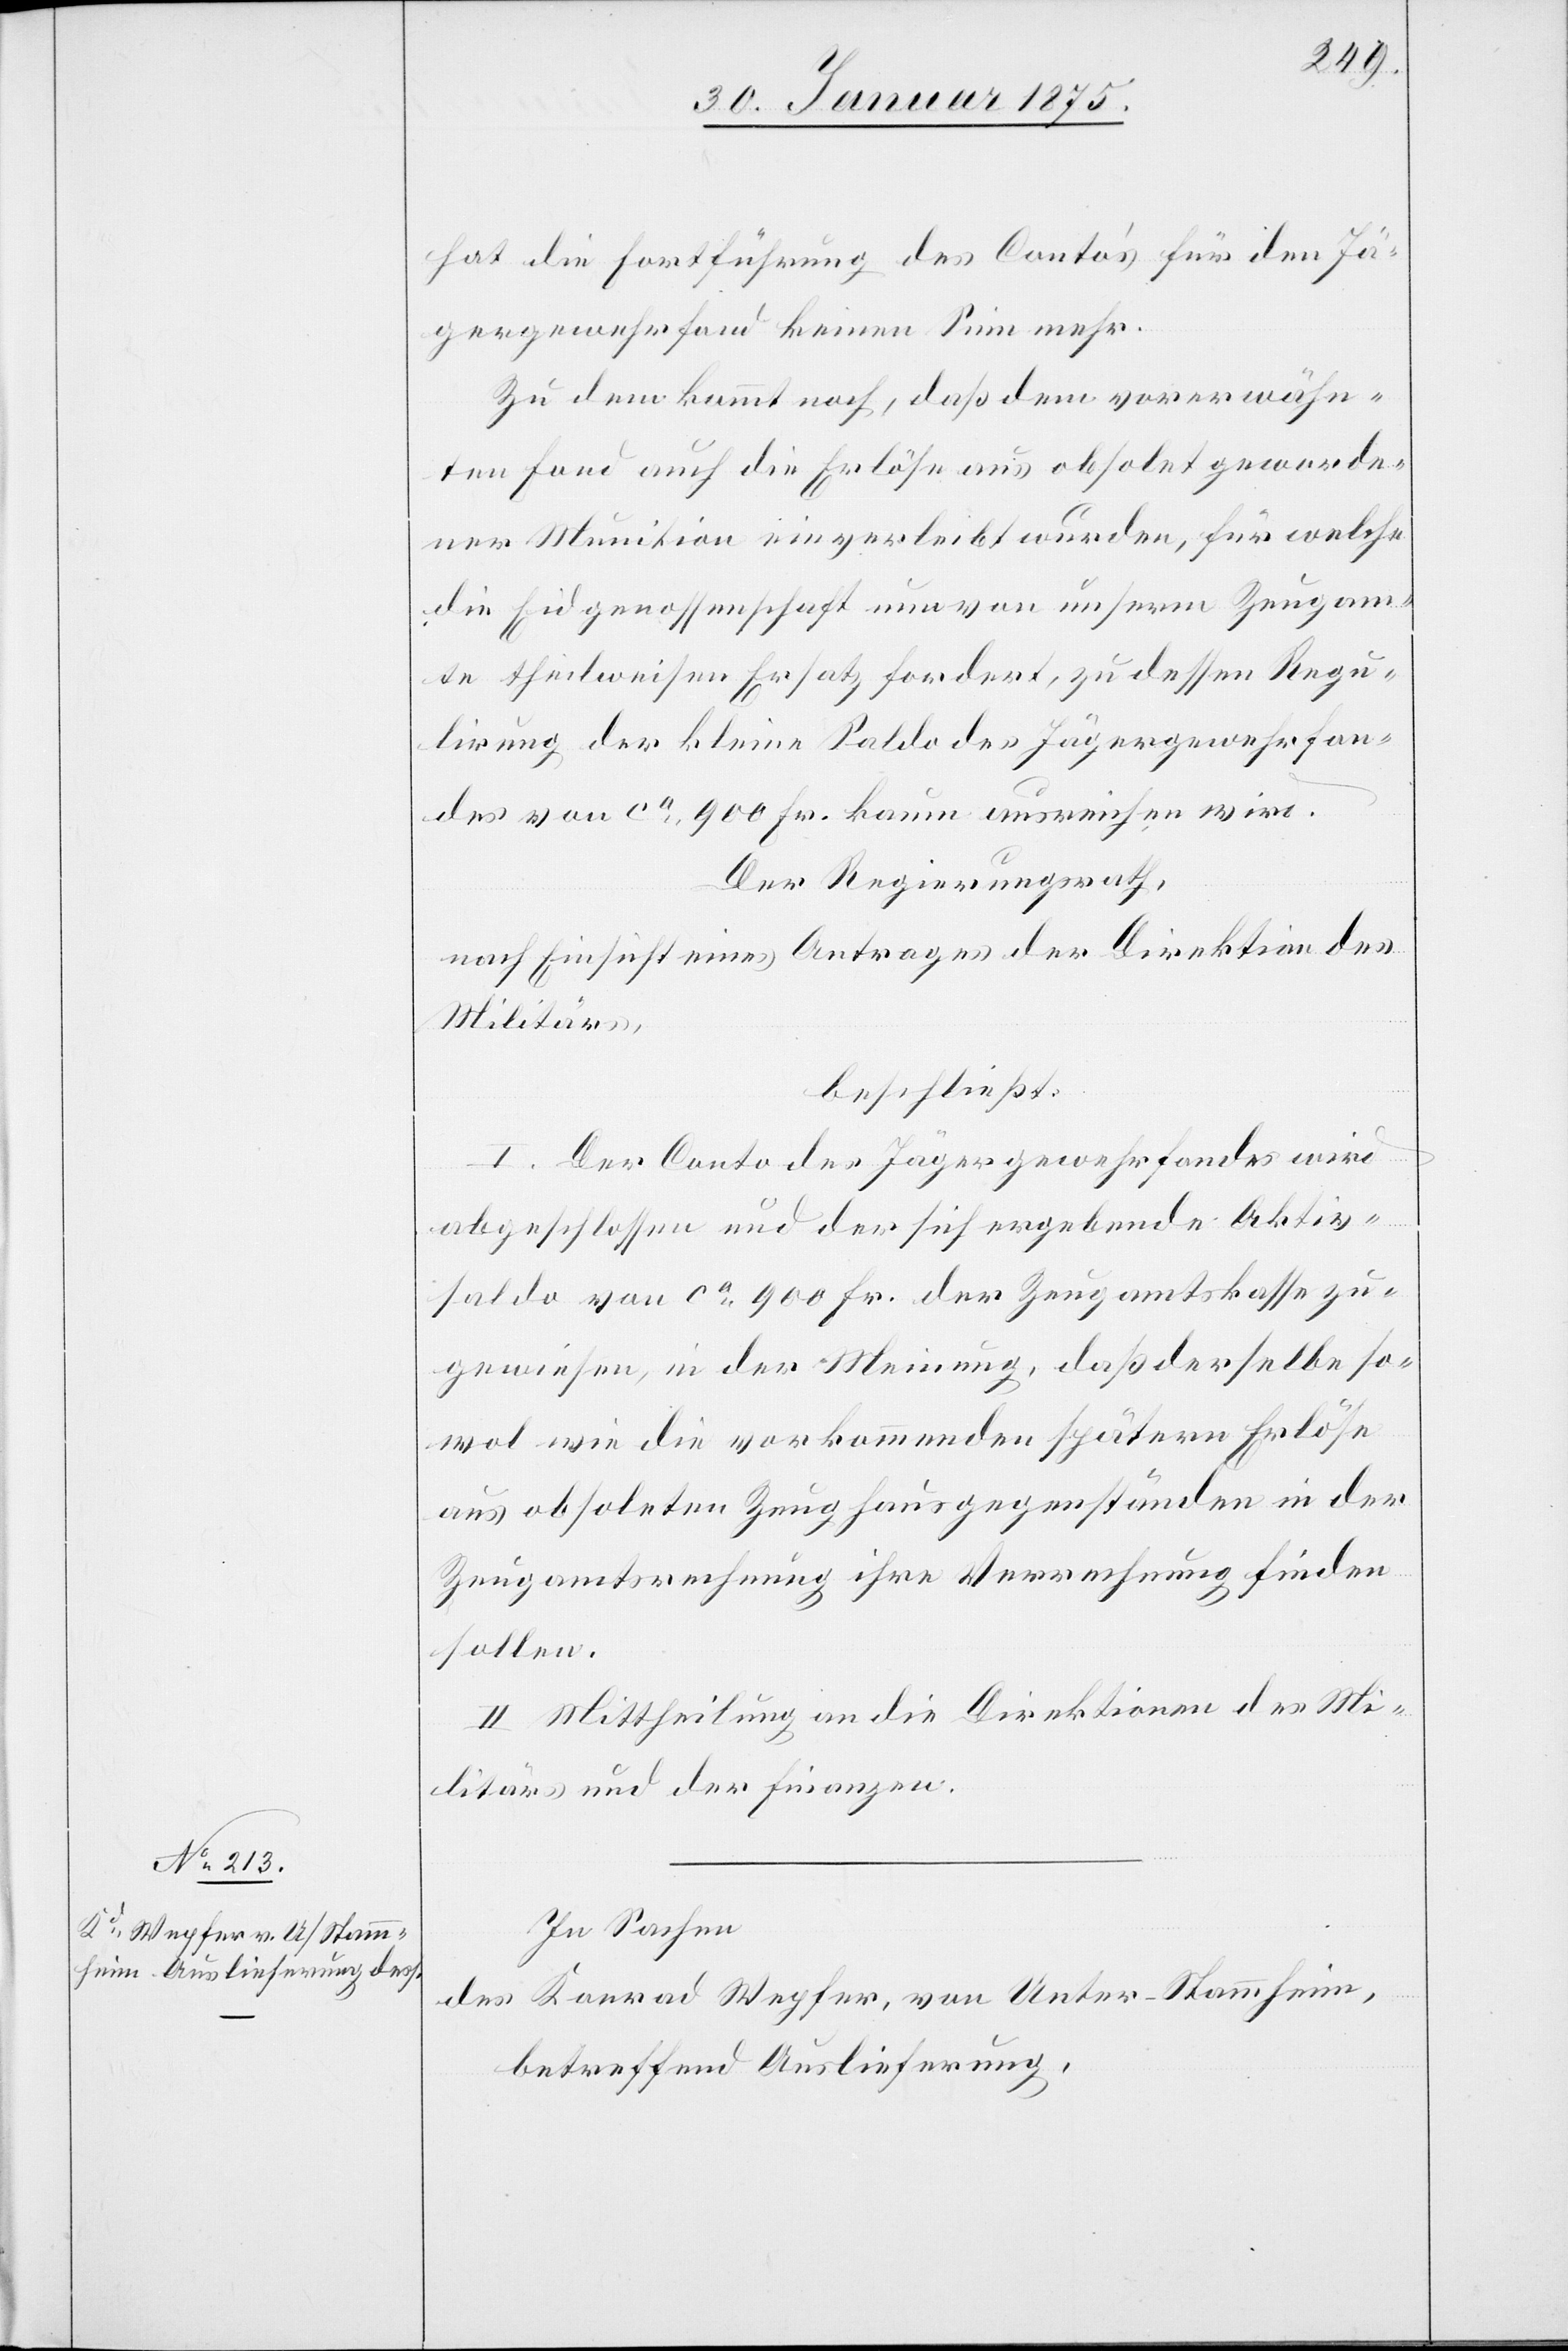
hat die Fortführung des Conto’s für den Jä¬
gergewehrfond keinen Sinn mehr.
Zu dem kommt noch, daß dem vorerwähn¬
ten Fond auch die Erlöse aus obsolet geworde¬
ner Munition einverleibt wurden, für welche
die Eidgenossenschaft nun von unserm Zeugam¬
te theilweisen Ersatz fordert, zu dessen Regu¬
lirung der kleine Saldo des Jägergewehrfon¬
des von ca 900 Fr. kaum ausreichen wird.
Der Regierungsrath,
nach Einsicht eines Antrages der Direktion des
Militärs,
beschließt:
I. Der Conto des Jägergewehrfonds wird
abgeschlossen und der sich ergebende Aktiv¬
saldo von ca 900 Fr. der Zeugamtskasse zu¬
gewiesen, in der Meinung, daß derselbe so¬
wol wie die vorkommenden spätern Erlöse
aus obsoleten Zeughausgegenständen in der
Zeugamtsrechnung ihre Verrechnung finden
sollen.
II. Mittheilung an die Direktion des Mi¬
litärs und der Finanzen.
In Sachen
des Konrad Wepfer, von Unter-Stammheim,
betreffend Auslieferung,